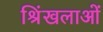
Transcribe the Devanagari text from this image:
श्रिंखलाओं